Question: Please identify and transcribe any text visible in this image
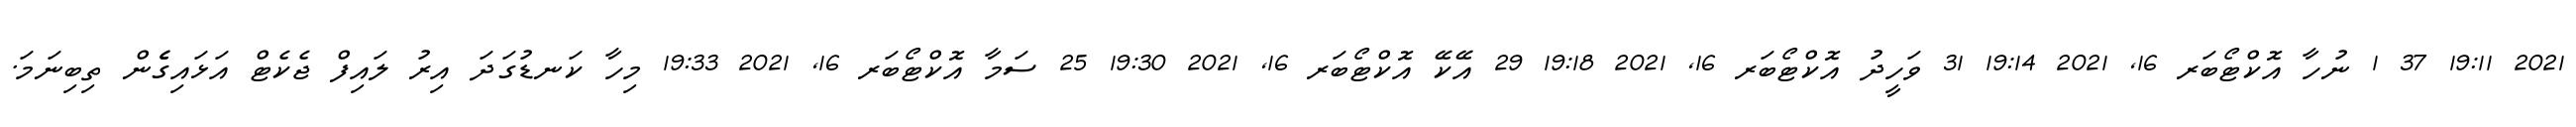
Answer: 2021 19:11 37 1 ނުހާ އޮކްޓޯބަރ 16, 2021 19:14 31 ވަހީދު އޮކްޓޯބަރ 16, 2021 19:18 29 އޭކޭ އޮކްޓޯބަރ 16, 2021 19:30 25 ސަމާ އޮކްޓޯބަރ 16, 2021 19:33 މިހާ ކަނޑުގަދަ އިރު ލައިފް ޖެކެޓް އަޅައިގެެން ތިބިނަމަ.